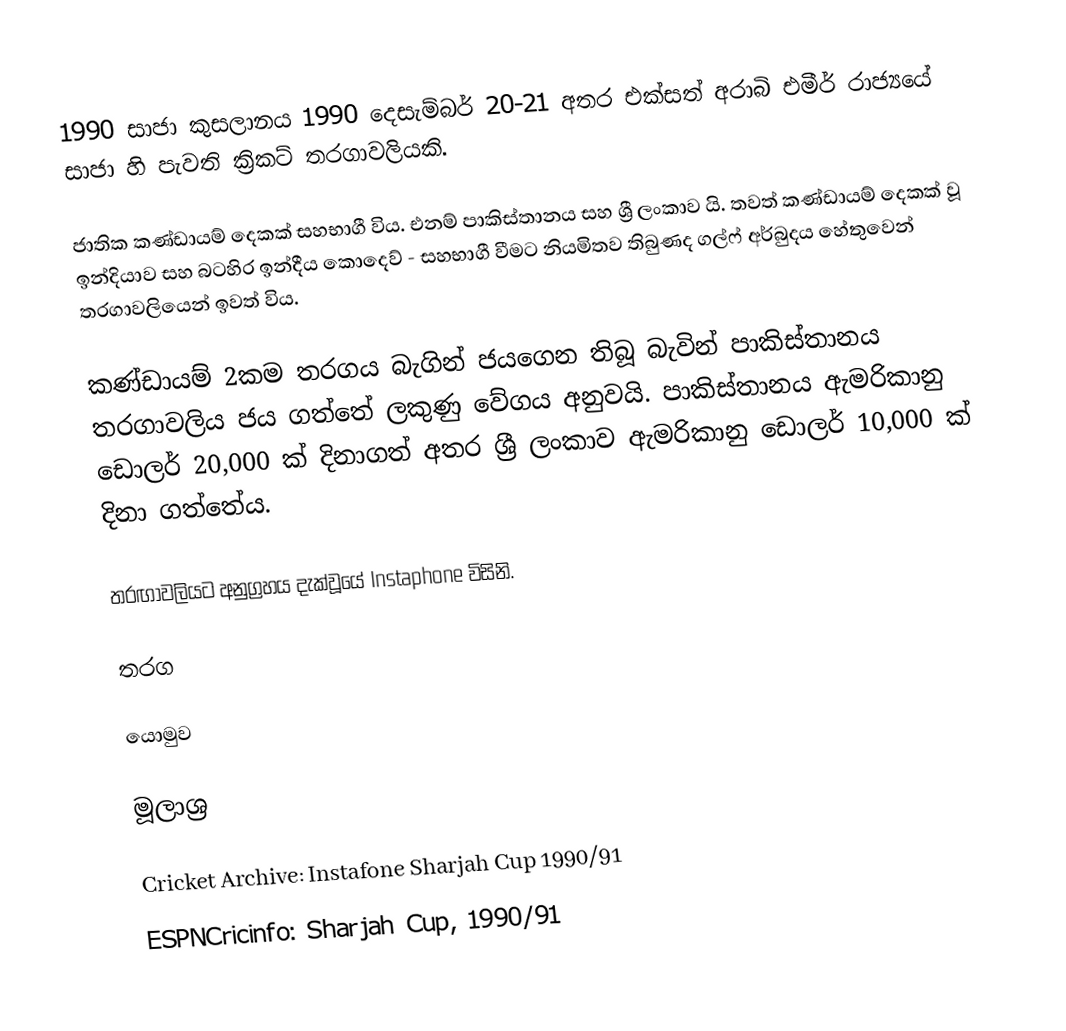
1990 සාජා කුසලානය 1990 දෙසැම්බර් 20-21 අතර එක්සත් අරාබි එමීර් රාජ්‍යයේ සාජා හි පැවති ක්‍රිකට් තරගාවලියකි.

ජාතික කණ්ඩායම් දෙකක් සහභාගී විය. එනම් පාකිස්තානය සහ ශ්‍රී ලංකාව යි. තවත් කණ්ඩායම් දෙකක් වූ ඉන්දියාව සහ බටහිර ඉන්දීය කොදෙව් - සහභාගී වීමට නියමිතව තිබුණද ගල්ෆ් අර්බුදය හේතුවෙන් තරගාවලියෙන් ඉවත් විය.

කණ්ඩායම් 2කම තරගය බැගින් ජයගෙන තිබූ බැවින්  පාකිස්තානය තරගාවලිය ජය ගත්තේ ලකුණු වේගය අනුවයි. පාකිස්තානය ඇමරිකානු ඩොලර් 20,000 ක් දිනාගත් අතර ශ්‍රී ලංකාව ඇමරිකානු ඩොලර් 10,000 ක් දිනා ගත්තේය.

තරඟාවලියට අනුග්‍රහය දැක්වූයේ Instaphone විසිනි.

තරග

යොමුව

මූලාශ්‍ර

 Cricket Archive: Instafone Sharjah Cup 1990/91
 ESPNCricinfo: Sharjah Cup, 1990/91